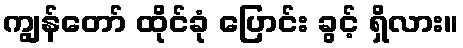
ကျွန်တော် ထိုင်ခုံ ပြောင်း ခွင့် ရှိလား။